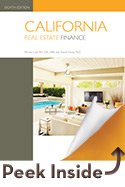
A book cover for California Real Estate Finance, 8th Edition; David Sirota and Minnie Lush; Business & Money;